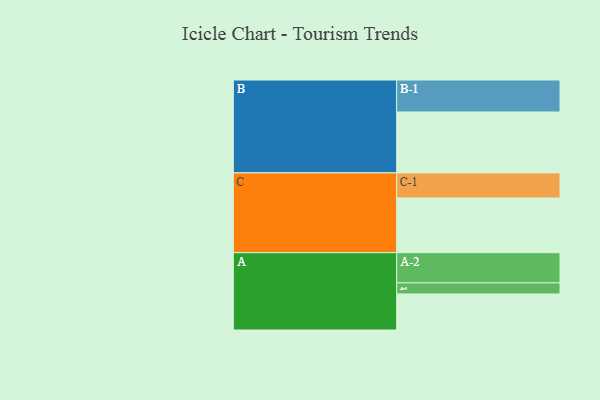
{"axis": {"x": "Segment", "y": "Value"}, "legend": ["", "A", "B", "C"], "data": [{"x": "A", "y": 319, "type": ""}, {"x": "B", "y": 539, "type": ""}, {"x": "C", "y": 484, "type": ""}, {"x": "A-1", "y": 98, "type": "A"}, {"x": "A-2", "y": 267, "type": "A"}, {"x": "B-1", "y": 283, "type": "B"}, {"x": "C-1", "y": 222, "type": "C"}]}